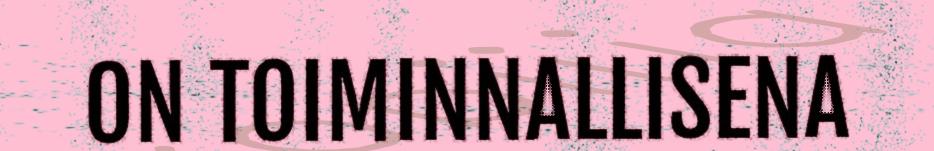
ON TOIMINNALLISENA